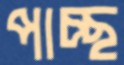
পাচ্ছ